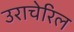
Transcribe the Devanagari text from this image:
उराचेरिल